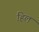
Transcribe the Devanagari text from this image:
हिल